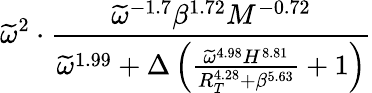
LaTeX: \widetilde\omega^{2}\cdot\frac{\widetilde{\omega}^{-1.7}\beta^{1.72}M^{-0.72}}{\widetilde{\omega}^{1.99}+\Delta\left(\frac{\widetilde{\omega}^{4.98}H^{8.81}}{R_{T}^{4.28}+\beta^{5.63}}+1\right)}